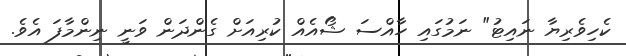
ކެހިވެރިޔާ ނައިޓު" ނަމުގައި ހާއްސަ ޝޯއެއް ކުރިއަށް ގެންދަން ވަނީ ނިންމާފަ އެވެ.